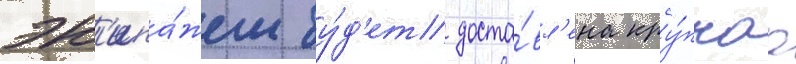
эк'ипа́жем бу́д'ет доста́вл'ена кру́пнаа